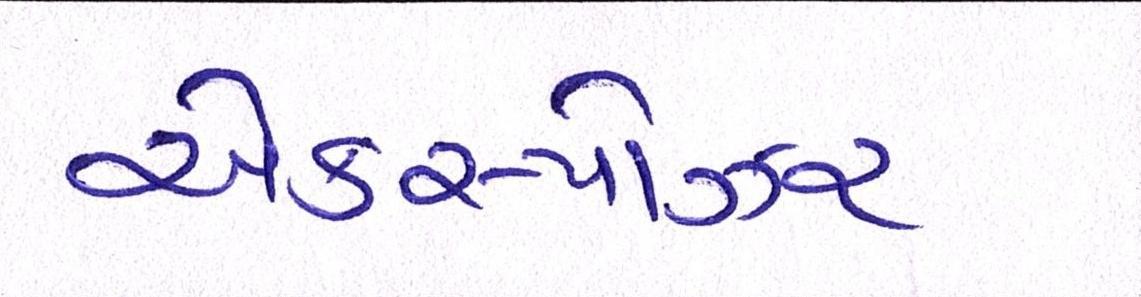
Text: એક્સ્પોઝર